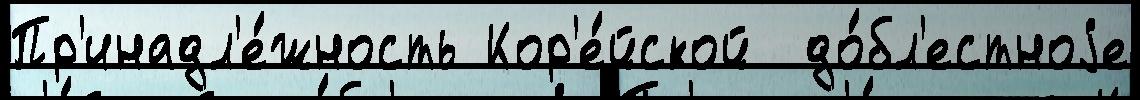
Пр'инадл'е́жность Кор'е́йской  до́бл'естноjе